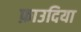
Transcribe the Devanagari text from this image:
फ़ाउदिया